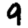
Digit: 9